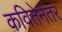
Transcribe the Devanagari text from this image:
कवितेनंतर